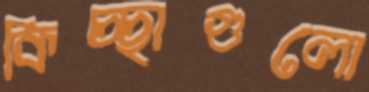
কিচ্ছাগুলো